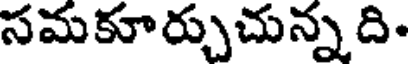
సమకూర్చుచున్నది.